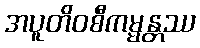
အပူတိဝစီကမ္မန္တဿ